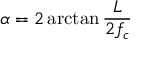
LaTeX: \alpha = 2 \arctan { \frac { L } { 2 f _ { c } } }